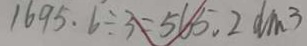
1 6 9 5 . 6 \div 3 = 5 6 5 . 2 d m ^ { 3 }